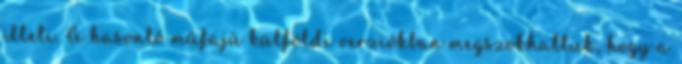
illeti. A hasonló műfajú külföldi verziókban megszokhattuk, hogy a